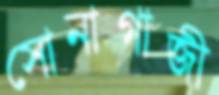
সোনাগাজী